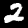
Digit: 2